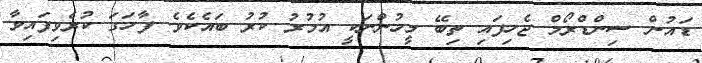
ޑައުން ސިންޑްރޯމް ޖެހިފައި ތިބޭ މީހުންނަކީ އުމުރު ކުރު ބައެކެވެ. ފާހަގަ ކުރެވިފައިވާ